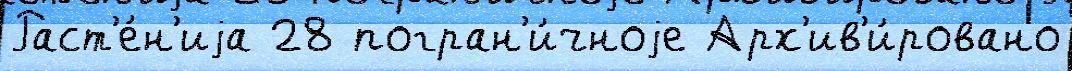
Раст'е́н'иjа 28 погран'и́чноjе Арх'ив'и́ровано